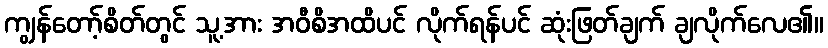
ကျွန်တော့်စိတ်တွင် သူ့အား အဝီစိအထိပင် လိုက်ရန်ပင် ဆုံးဖြတ်ချက် ချလိုက်လေ၏။